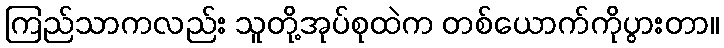
ကြည်သာကလည်း သူတို့အုပ်စုထဲက တစ်ယောက်ကိုပွားတာ။